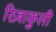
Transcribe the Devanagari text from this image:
रिज़ाकुली